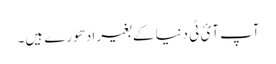
آپ آئ ٹی دنیا کے بغیر ادھورے ہیں۔